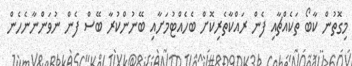
މިގޮތުން ކާބޯ ތަކެއްޗާއި ފެން ރައްކާތެރިކޮށް ބެހެއްޓުމަށާއި ބޭނުންކުރާ ބޭސް ފެން ނުވަންނާނެހެން